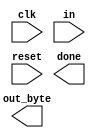
module top_module(
    input clk,
    input in,
    input reset,    // Synchronous reset
    output [7:0] out_byte,
    output done
); //

    // Use FSM from Fsm_serial

    // New: Datapath to latch input bits.

endmodule